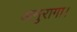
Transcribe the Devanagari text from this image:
अनुरागा।